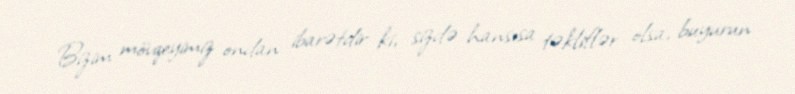
Bizim mövqeyimiz ondan ibarətdir ki, sizdə hansısa təkliflər olsa, buyurun